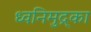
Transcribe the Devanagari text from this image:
ध्वनिमुद्र्का